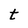
Character: t